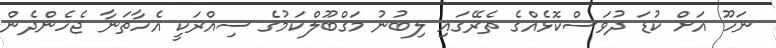
ނަހޫ އަށް ކުޑަ ދުވަސްކޮޅެއްގެ ތެރޭގައި ލިބުނު މަގްބޫލްކަމުގެ ސިއްރަކީ އެހާތަނާ ޖެހެންދެން